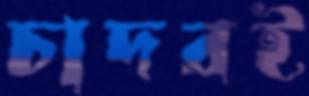
চাদরই